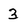
Character: 3